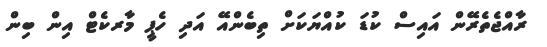
ރާއްޖެތެރޭން އައިސް ކުޑަ ކުއްޔަކަށް ތިބެންއޭ އަދި ހެޕީ މާރކެޓް އިން ބިން